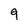
Character: 9